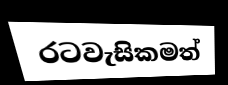
රටවැසිකමත්